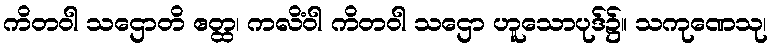
ကိတဝါ သဌောတိ ဧတ္ထ၊ ကလိံဝါ ကိတဝါ သဌော ဟူသောပုဒ်၌။ သကုဏေသု၊